Civil Veterinary Dept. Bombay admin report 1932-41 - 1932-1941
Year: 1932
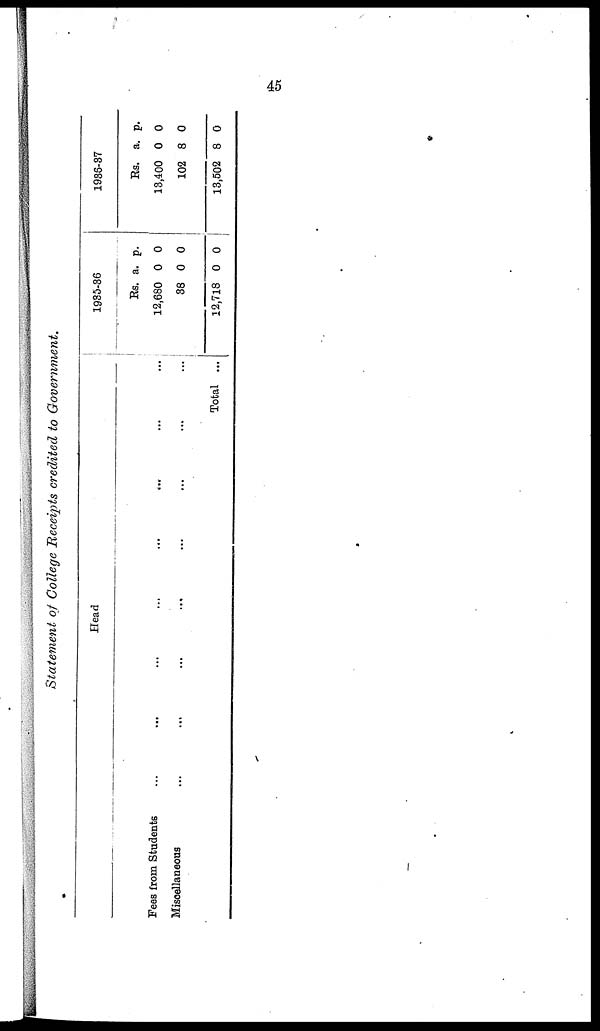
45
Statement of College Receipts credited to Government.
Head
Fees from Students ... ... ... ... ... ... ... ...
Miscellaneous ... ... ... ... ... ... ... ...
Total ...
1935-36
Rs.
12,680
38
12,718
a.
0
0
0
p.
0
0
0
1936-37
Rs.
13,400
102
13,502
a.
0
8
8
p.
0
0
0